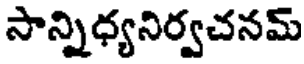
సాన్నిధ్యనిర్వచనమ్